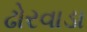
ઢોરવાડા